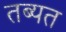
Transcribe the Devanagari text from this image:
तब्यत